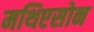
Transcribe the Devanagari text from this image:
मथिएसोन